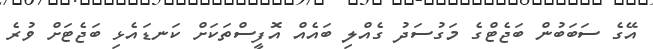
އޭގެ ސަބަބުން ބަޖެޓްގެ މަގުސަދު ގެއްލި ބައެއް އޮފީސްތަކަށް ކަނޑައެޅި ބަޖެޓަށް ވުރެ